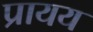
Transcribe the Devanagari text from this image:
प्रायय